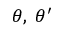
\theta , \; \theta ^ { \prime }